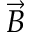
\vec { B }